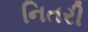
નિતરી